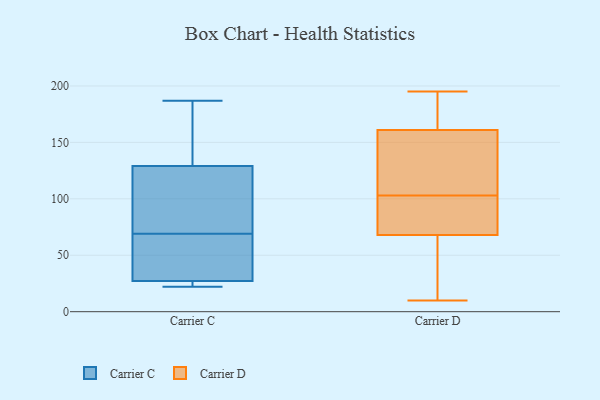
{"axis": {"x": "Net Income (USD K)", "y": "Value"}, "legend": ["Carrier C", "Carrier D"], "data": [{"x": "", "y": 69, "type": "Carrier C"}, {"x": "", "y": 43, "type": "Carrier C"}, {"x": "", "y": 132, "type": "Carrier C"}, {"x": "", "y": 53, "type": "Carrier C"}, {"x": "", "y": 187, "type": "Carrier C"}, {"x": "", "y": 22, "type": "Carrier C"}, {"x": "", "y": 120, "type": "Carrier C"}, {"x": "", "y": 22, "type": "Carrier C"}, {"x": "", "y": 187, "type": "Carrier C"}, {"x": "", "y": 22, "type": "Carrier C"}, {"x": "", "y": 104, "type": "Carrier C"}, {"x": "", "y": 103, "type": "Carrier D"}, {"x": "", "y": 80, "type": "Carrier D"}, {"x": "", "y": 51, "type": "Carrier D"}, {"x": "", "y": 10, "type": "Carrier D"}, {"x": "", "y": 190, "type": "Carrier D"}, {"x": "", "y": 124, "type": "Carrier D"}, {"x": "", "y": 195, "type": "Carrier D"}, {"x": "", "y": 161, "type": "Carrier D"}, {"x": "", "y": 115, "type": "Carrier D"}, {"x": "", "y": 96, "type": "Carrier D"}, {"x": "", "y": 23, "type": "Carrier D"}, {"x": "", "y": 145, "type": "Carrier D"}, {"x": "", "y": 161, "type": "Carrier D"}, {"x": "", "y": 168, "type": "Carrier D"}, {"x": "", "y": 103, "type": "Carrier D"}, {"x": "", "y": 87, "type": "Carrier D"}, {"x": "", "y": 173, "type": "Carrier D"}, {"x": "", "y": 64, "type": "Carrier D"}, {"x": "", "y": 57, "type": "Carrier D"}]}